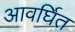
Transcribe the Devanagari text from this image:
आवर्घित